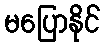
မပြောနိုင်